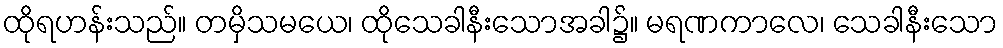
ထိုရဟန်းသည်။ တမှိသမယေ၊ ထိုသေခါနီးသောအခါ၌။ မရဏကာလေ၊ သေခါနီးသော